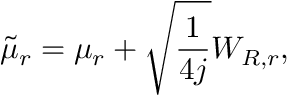
\tilde { \mu } _ { r } = \mu _ { r } + \sqrt { \frac { 1 } { 4 j } } W _ { R , r } ,